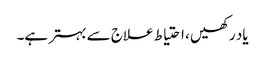
یاد رکھیں ، احتیاط علاج سے بہتر ہے۔